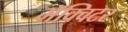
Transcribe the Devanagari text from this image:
मॅक्विटर